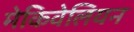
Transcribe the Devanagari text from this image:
मेकिवेलियन